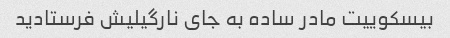
بیسکوییت مادر ساده به جای نارگیلیش فرستادید